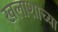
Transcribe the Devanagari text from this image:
खलाशाच्या